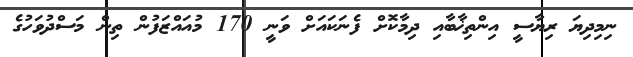
ނިމިދިޔަ ރިޔާސީ އިންތިޚާބާއި ދިމާކޮށް ފެނަކައަށް ވަނީ 170 މުއައްޒަފުން ތިން މަސްދުވަހުގެ